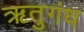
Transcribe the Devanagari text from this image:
ऋतुगंध